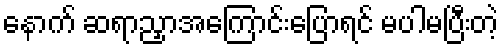
နောက် ဆရာညှာအကြောင်းပြောရင် မပါမပြီးတဲ့